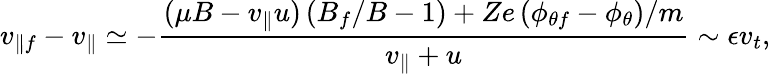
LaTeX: v_{\parallel f}-v_{\parallel}\simeq-\frac{(\mu B-v_{\parallel}u)\left(B_{f}/B-1\right)+Ze\left(\phi_{\theta f}-\phi_{\theta}\right)/m}{v_{\parallel}+u}\sim\epsilon v_{t},